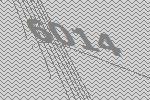
6014